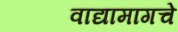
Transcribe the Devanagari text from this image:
वाद्यामागचे